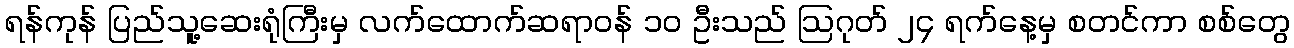
ရန်ကုန် ပြည်သူ့ဆေးရုံကြီးမှ လက်ထောက်ဆရာဝန် ၁၀ ဦးသည် ဩဂုတ် ၂၄ ရက်နေ့မှ စတင်ကာ စစ်တွေ